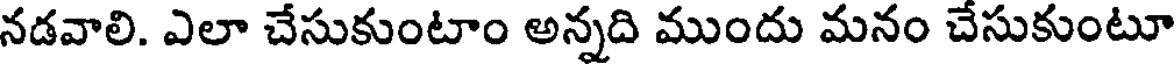
నడవాలి. ఎలా చేసుకుంటాం అన్నది ముందు మనం చేసుకుంటూ